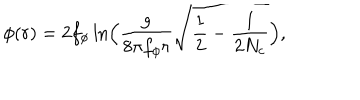
LaTeX: \phi ( r ) = 2 f _ { \phi } \ln \! \Big ( \frac { g } { 8 \pi f _ { \phi } r } \sqrt { \frac { 1 } { 2 } - \frac { 1 } { 2 N _ { c } } } \Big ) ,